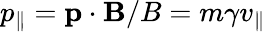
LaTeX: p_{\parallel}=\mathbf{p}\cdot\mathbf{B}/B=m\gamma v_{\parallel}